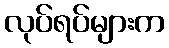
လုပ်ရပ်များက